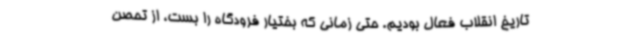
تاریخ انقلاب فعال بودیم. حتی زمانی که بختیار فرودگاه را بست، از تحصن